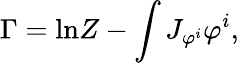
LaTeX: \Gamma=\mathrm{ln}Z-\int J_{\varphi^{i}}\varphi^{i},